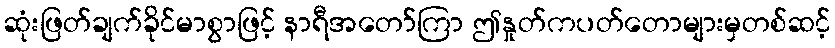
ဆုံးဖြတ်ချက်ခိုင်မာစွာဖြင့် နာရီအတော်ကြာ ဤနှုတ်ကပတ်တောများမှတစ်ဆင့်